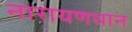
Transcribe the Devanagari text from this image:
नारायणथान